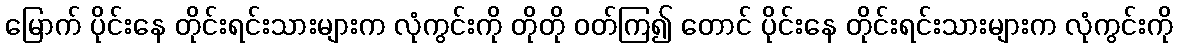
မြောက် ပိုင်းနေ တိုင်းရင်းသားများက လုံကွင်းကို တိုတို ဝတ်ကြ၍ တောင် ပိုင်းနေ တိုင်းရင်းသားများက လုံကွင်းကို